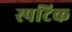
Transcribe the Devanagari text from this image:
स्पटिक